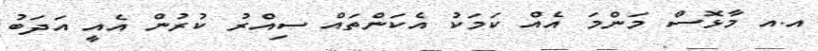
އ.އ މާޅޮސް މަންމަ އެއް ކަމަކު އެކަންތައް ސިއްރު ކުރުން އެއީ އަދަބު